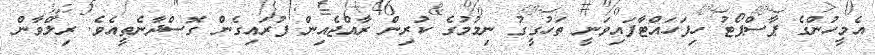
އެމީހުންގެ ޕާސްޕޯޓު ހިފަހައްޓާފައިވަނީ ތަހުގީގު ނިމުމުގެ ކުރިން ރާއްޖެއިން ފުރައިގެން ގޮސްދާނެތީއެވެ. ރިލްވާން